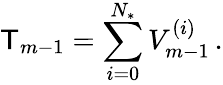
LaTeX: \mathsf{T}_{m-1}=\sum_{i=0}^{{N_{*}}}V_{m-1}^{(i)}\, .